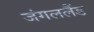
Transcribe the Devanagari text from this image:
जंगललैंड